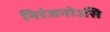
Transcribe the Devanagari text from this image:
निरंजनोऽसि